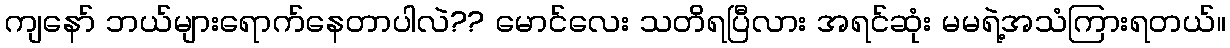
ကျနော် ဘယ်များရောက်နေတာပါလဲ?? မောင်လေး သတိရပြီလား အရင်ဆုံး မမရဲ့အသံကြားရတယ်။